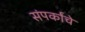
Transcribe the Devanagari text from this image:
संपर्कांचे